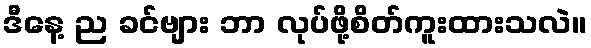
ဒီနေ့ ည ခင်ဗျား ဘာ လုပ်ဖို့စိတ်ကူးထားသလဲ။